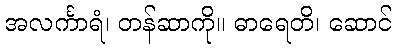
အလင်္ကာရံ၊ တန်ဆာကို။ ဓာရေတိ၊ ဆောင်